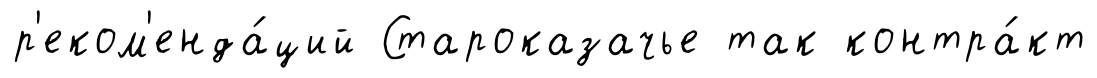
р'еком'енда́ций Староказачье так контра́кт